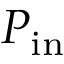
P _ { \mathrm { i n } }